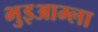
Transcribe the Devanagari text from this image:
भुइआम्ला